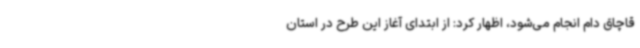
قاچاق دام انجام می‌شود، اظهار کرد: از ابتدای آغاز این طرح در استان